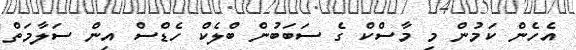
އެހެން ކަމުން މި މާސްކް ގެ ސަބަބުން ބްލެކް ހެޑްސް އިން ސަލާމަތް